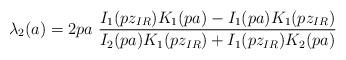
LaTeX: \begin{align*}\lambda_2(a)=2 p a~ \frac {I_1(p z_{IR})K_1(p a)-I_1(p a)K_1(pz_{IR})} {I_2(p a) K_1(p z_{IR})+I_1(p z_{IR})K_2(p a)}\end{align*}